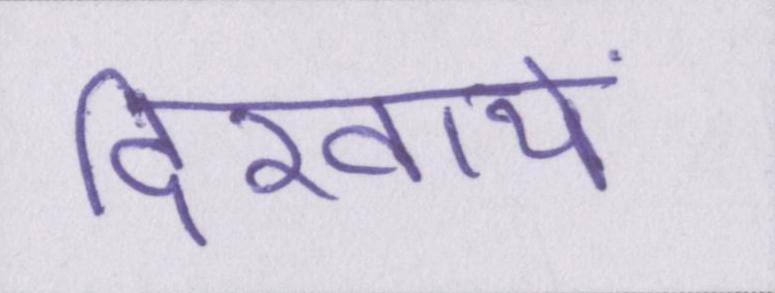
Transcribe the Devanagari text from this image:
दिखायें